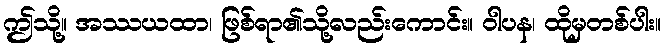
ဤသို့။ အဿယထာ၊ ဖြစ်ရာ၏သို့လည်းကောင်း။ ဝါပန၊ ထိုမှတစ်ပါး။